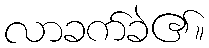
လာခက်ခဲ၏။